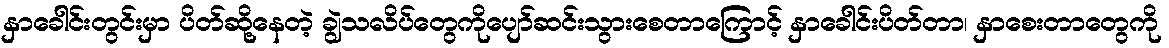
နှာခေါင်းတွင်းမှာ ပိတ်ဆို့နေတဲ့ ချွဲသလိပ်တွေကိုပျော်ဆင်းသွားစေတာကြောင့် နှာခေါင်းပိတ်တာ၊ နှာစေးတာတွေကို